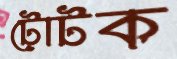
টোটক